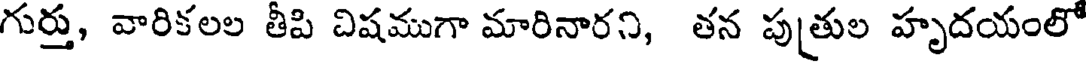
గుర్తు, వారికలల తీపి విషముగా మారినారని, తన పుత్రుల హృదయంలో